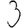
Digit: 3